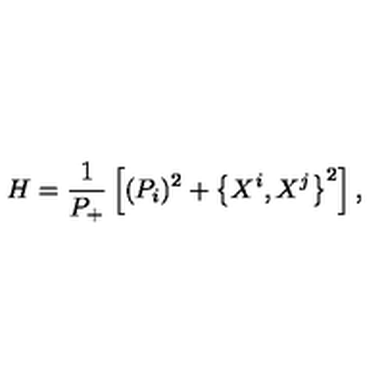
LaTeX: H = \frac { 1 } { P _ { + } } \left[ ( P _ { i } ) ^ { 2 } + \left\{ X ^ { i } , X ^ { j } \right\} ^ { 2 } \right] ,